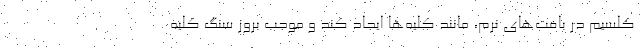
کلسیم در بافت‌های نرم، مانند کلیه‌ها ایجاد کند و موجب بروز سنگ کلیه